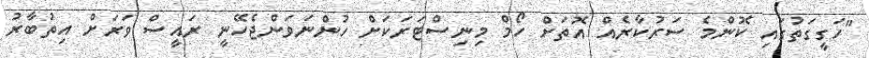
"ހަގީގަތުގައި ކޮންމެ ސަރުކާރެއް އޮތަށް ހޯމް މިނިސްޓަރަކަށް ހުންނަވަންޖެހޭނީ ރައީސް ވަރަށް އިތުބާރު